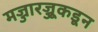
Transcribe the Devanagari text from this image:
मज्जारज्जूकडून